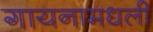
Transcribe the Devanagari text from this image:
गायनामधली